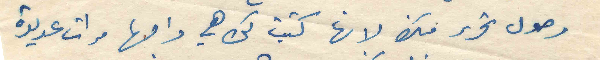
وصول تحرير منك لانها كتبت لك هي وامها مرات عديدة